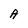
Character: A